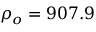
{ \rho _ { o } } = 9 0 7 . 9